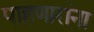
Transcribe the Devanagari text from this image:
पाहणारांना